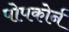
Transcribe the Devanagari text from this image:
पोपकोर्न